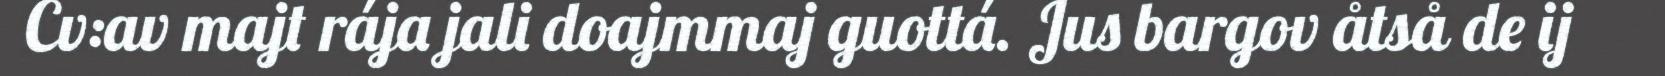
Cv:av majt rája jali doajmmaj guottá. Jus bargov åtså de ij